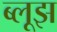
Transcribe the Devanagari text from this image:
ब्लूझ